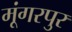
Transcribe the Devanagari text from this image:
मूंगरपुर